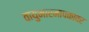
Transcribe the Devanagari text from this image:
वायुभारमापकावर